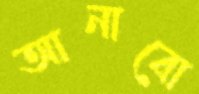
আনাবো